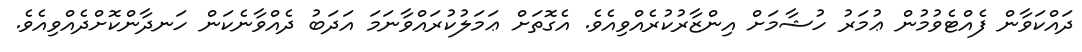
ދައްކަވާން ފެއްޓެވުމުން ޢުމަރު ހުޝާމަށް އިންޒާރުކުރެއްވިއެވެ. އެގޮތަށް ޢަމަލުކުރައްވާނަމަ އަދަބު ދެއްވާނެކަން ހަނދާންކޮށްދެއްވިއެވެ.